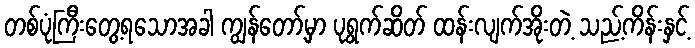
တစ်ပုံကြီးတွေ့ရသောအခါ ကျွန်တော့်မှာ ပုရွက်ဆိတ် ထန်းလျက်အိုးတဲ့ သည့်ကိန်းနှင့်